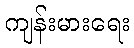
ကျန်းမားရေး